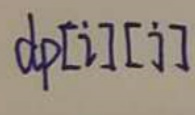
\(dp[i][j]\)